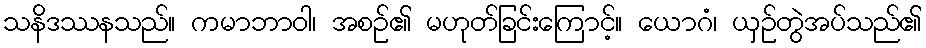
သနိဒဿနသည်။ ကမာဘာဝါ၊ အစဉ်၏ မဟုတ်ခြင်းကြောင့်။ ယောဂံ၊ ယှဉ်တွဲအပ်သည်၏